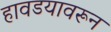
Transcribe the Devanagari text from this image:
हावडयावरून